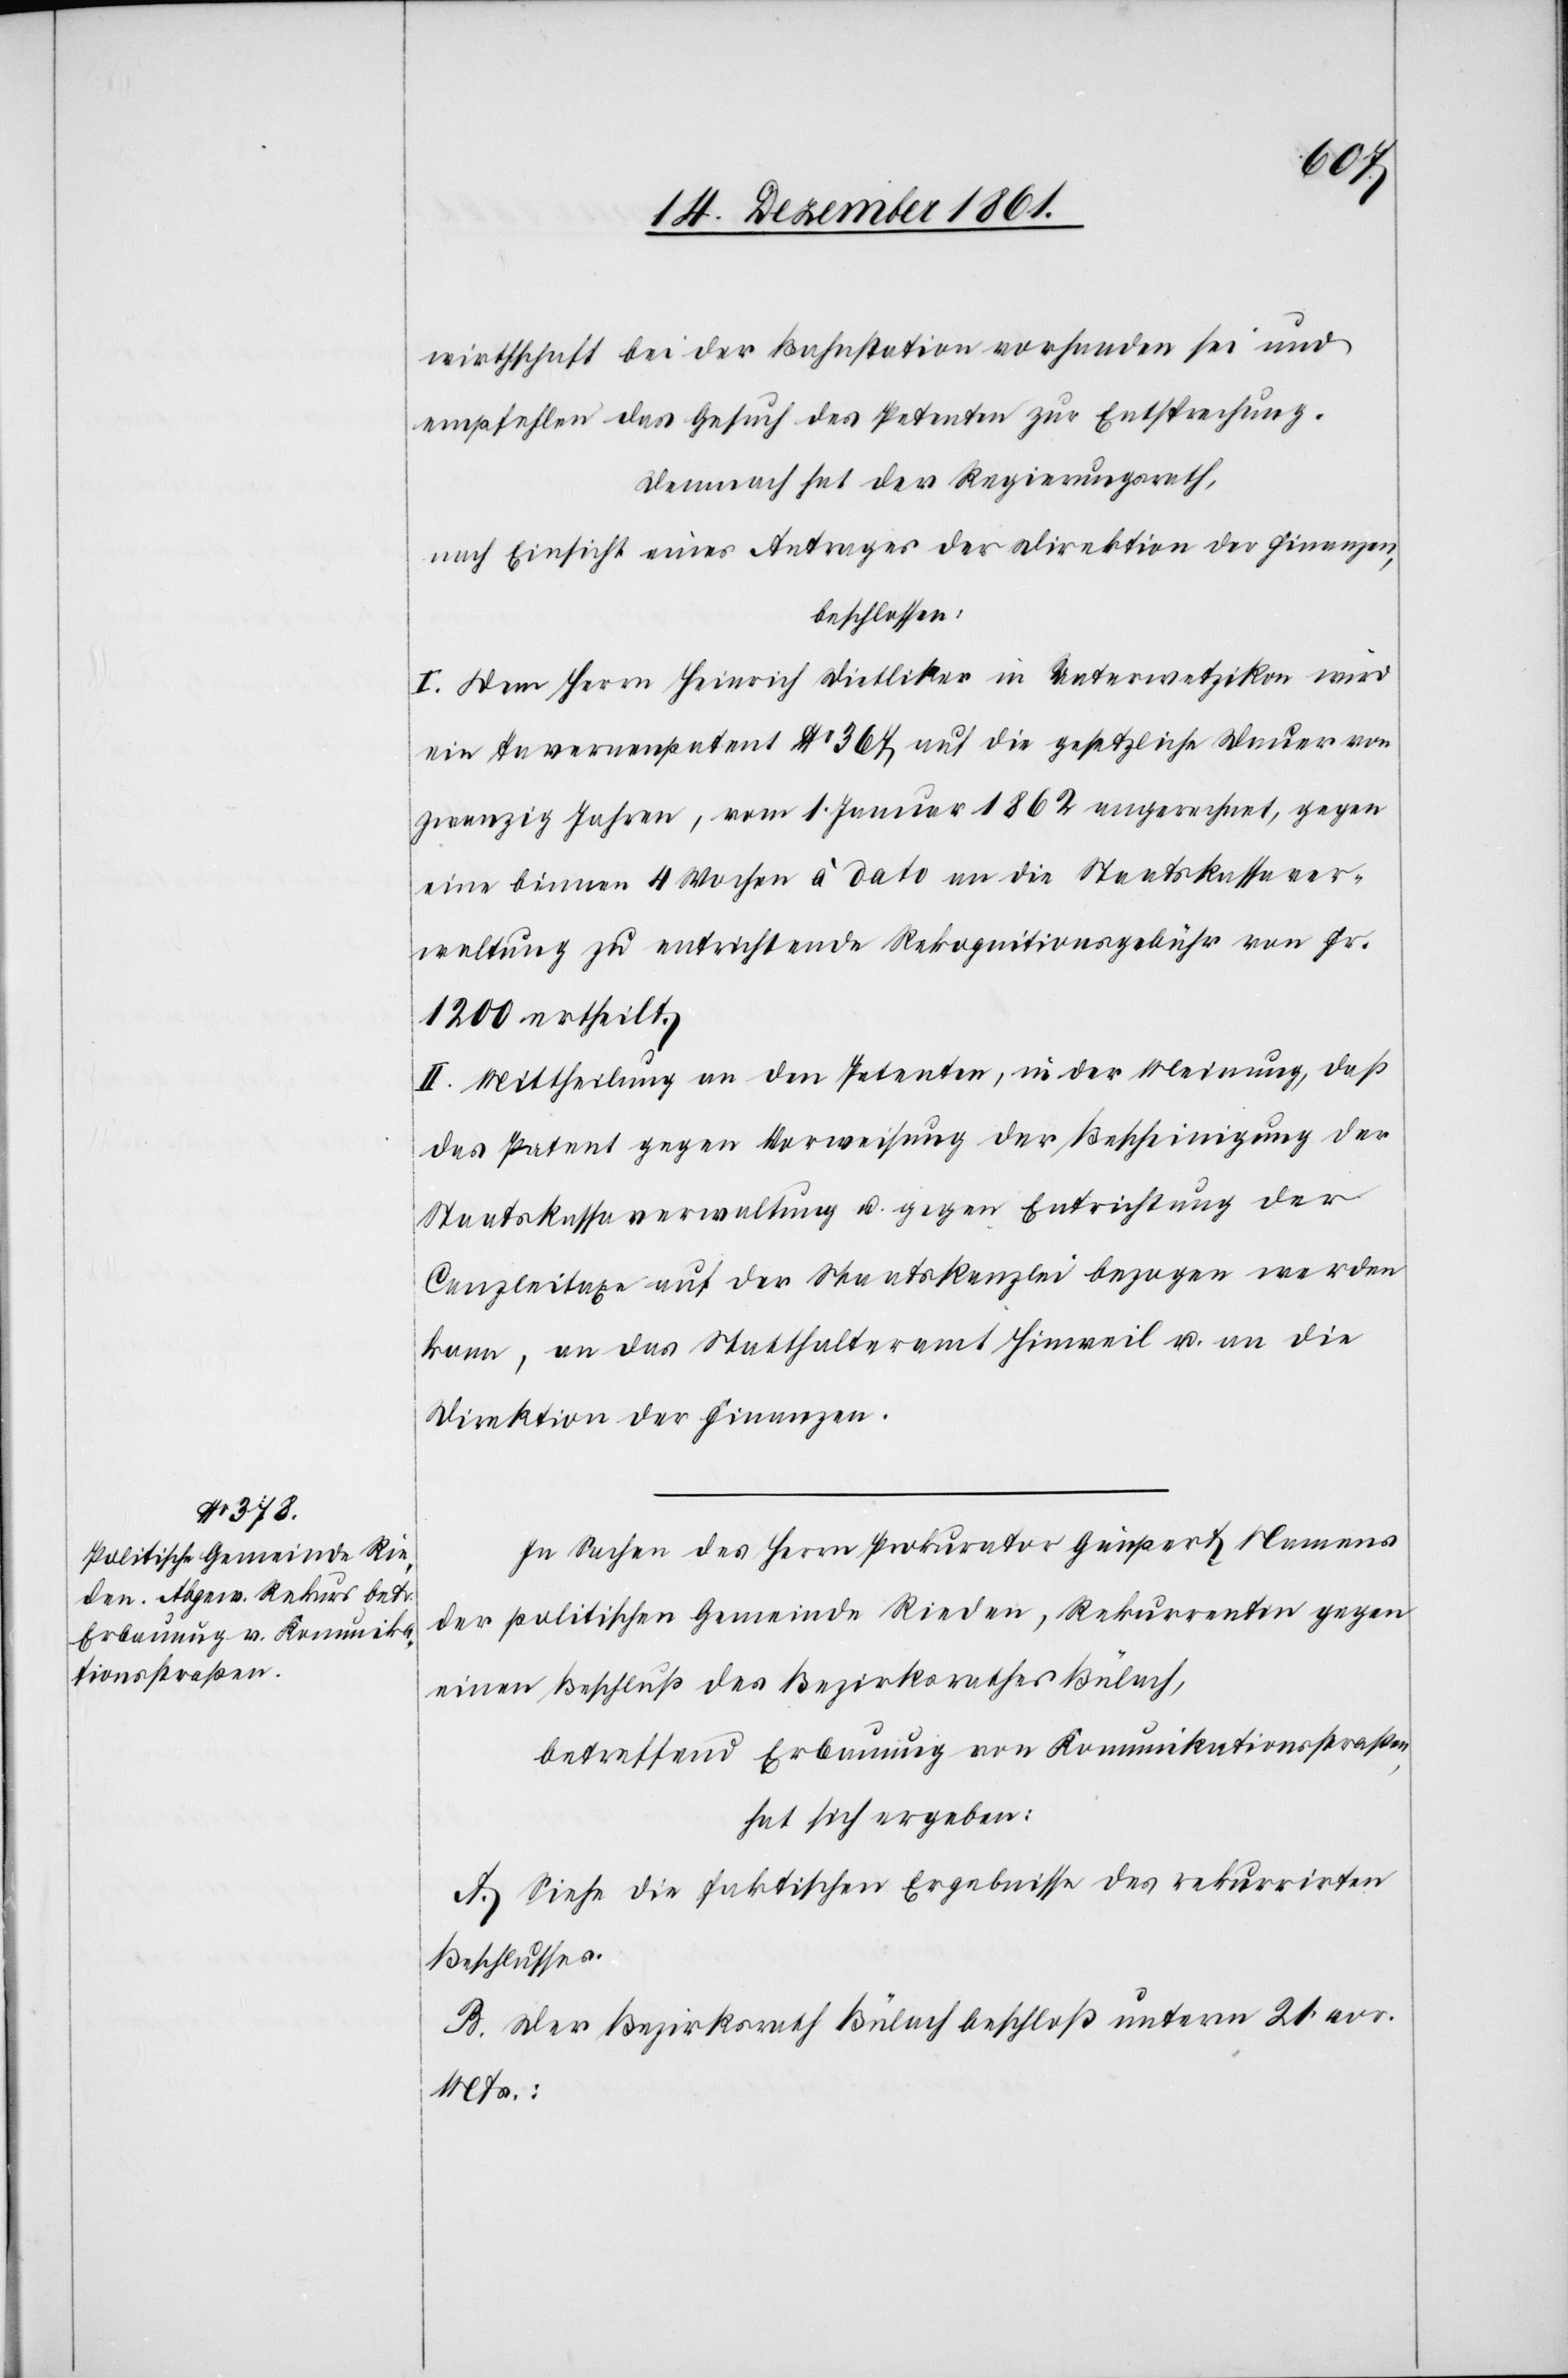
wirthschaft bei der Bahnstation vorhanden sei und
empfehlen das Gesuch des Petenten zur Entsprechung.
Demnach hat der Regierungsrath,
nach Einsicht eines Antrages der Direktion der Finanzen,
beschlossen:
I. Dem Herrn Heinrich Dietliker in Unterwetzikon wird
ein Tavernenpatent No 367 auf die gesetzliche Dauer von
zwanzig Jahren, vom 1 Januar 1862 angerechnet, gegen
eine binnen 4 Wochen à dato an die Staatskassaver¬
waltung zu entrichtende Rekognitionsgebühr von Fr.
1200 ertheilt.
II. Mittheilung an den Petenten, in der Meinung, daß
das Patent gegen Vorweisung der Bescheinigung der
Staatskassaverwaltung u. gegen Entrichtung der
Canzleitaxe auf der Staatskanzlei bezogen werden
kann, an das Statthalteramt Hinweil u. an die
Direktion der Finanzen.
In Sachen des Herrn Prokurator Gimpert Namens
der politischen Gemeinde Rieden, Rekurrenten gegen
einen Beschluß des Bezirksrathes Bülach,
betreffend Erbauung von Kommunikationsstraßen,
hat sich ergeben:
A. Siehe die faktischen Ergebnisse des rekurrirten
Beschlusses.
B. Der Bezirksrath Bülach beschloß unterm 21 vor.
Mts.